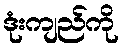
ဒုံးကျည်ကို